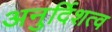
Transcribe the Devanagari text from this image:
अनुर्दिशत्व